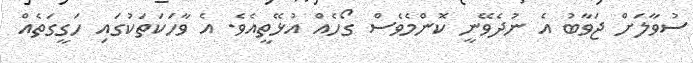
ސުވާލަށް ޖަވާބު އެ ނުދެވޭނީ ކޮންމެވެސް ގޯހެއް އުޅޭތީއެވެ. އެ ވާހަކަތަކުގައި ހަގީގަތެއް